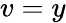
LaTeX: v=y